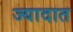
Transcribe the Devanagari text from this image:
ज्यादात